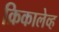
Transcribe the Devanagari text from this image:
क्रिकालेव्ह